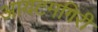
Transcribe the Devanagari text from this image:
आयटमगिरी